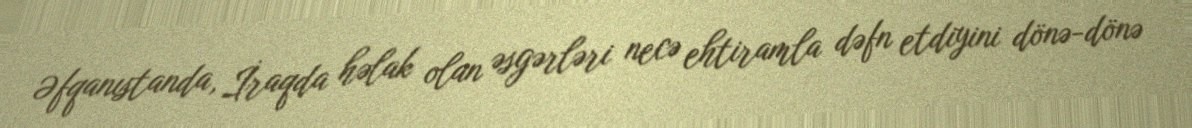
Əfqanıstanda, İraqda həlak olan əsgərləri necə ehtiramla dəfn etdiyini dönə-dönə